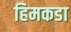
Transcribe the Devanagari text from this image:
हिमकडा